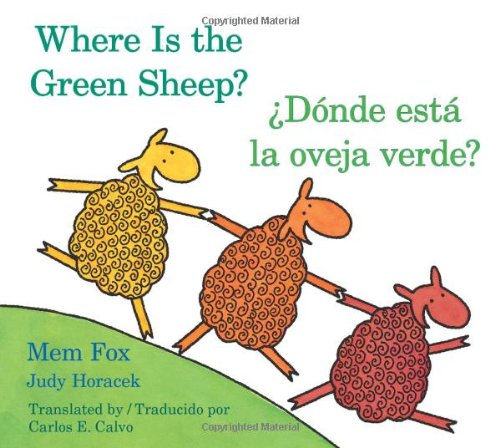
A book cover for Where Is the Green Sheep? / Donde esta la oveja verde? (English and Spanish Edition); Mem Fox; Children's Books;